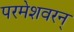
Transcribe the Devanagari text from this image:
परमेशवरन्